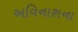
અવિનાશના